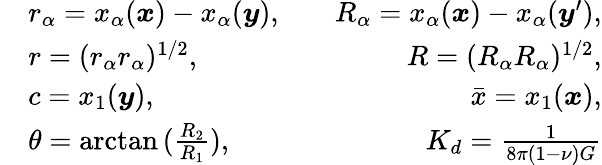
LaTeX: \begin{array}{rlr}&{r_{\alpha}=x_{\alpha}(\boldsymbol{x})-x_{\alpha}(\boldsymbol{y}),\quad}&{R_{\alpha}=x_{\alpha}(\boldsymbol{x})-x_{\alpha}(\boldsymbol{y}^{\prime}),}\\ &{r=(r_{\alpha}r_{\alpha})^{1/2},\quad}&{R=(R_{\alpha}R_{\alpha})^{1/2},}\\ &{c=x_{1}(\boldsymbol{y}),\quad}&{\bar{x}=x_{1}(\boldsymbol{x}),}\\ &{\theta=\arctan{(\frac{R_{2}}{R_{1}})},\quad}&{K_{d}=\frac{1}{8\pi(1-\nu)G}}\end{array}